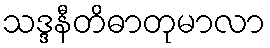
သဒ္ဒနီတိဓာတုမာလာ